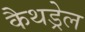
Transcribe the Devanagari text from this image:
कैथड्रेल